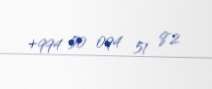
+994 50 094 51 82